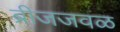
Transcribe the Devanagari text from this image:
ब्रीजजवळ